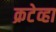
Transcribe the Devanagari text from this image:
क्रटेव्हा